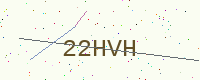
Text: 22HVH